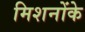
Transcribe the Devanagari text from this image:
मिशनोंके